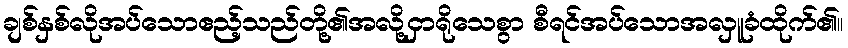
ချစ်နှစ်လိုအပ်သောဧည့်သည်တို့၏အလို့ငှာရိုသေစွာ စီရင်အပ်သောအလှူခံထိုက်၏။